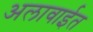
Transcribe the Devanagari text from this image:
अलावाईत